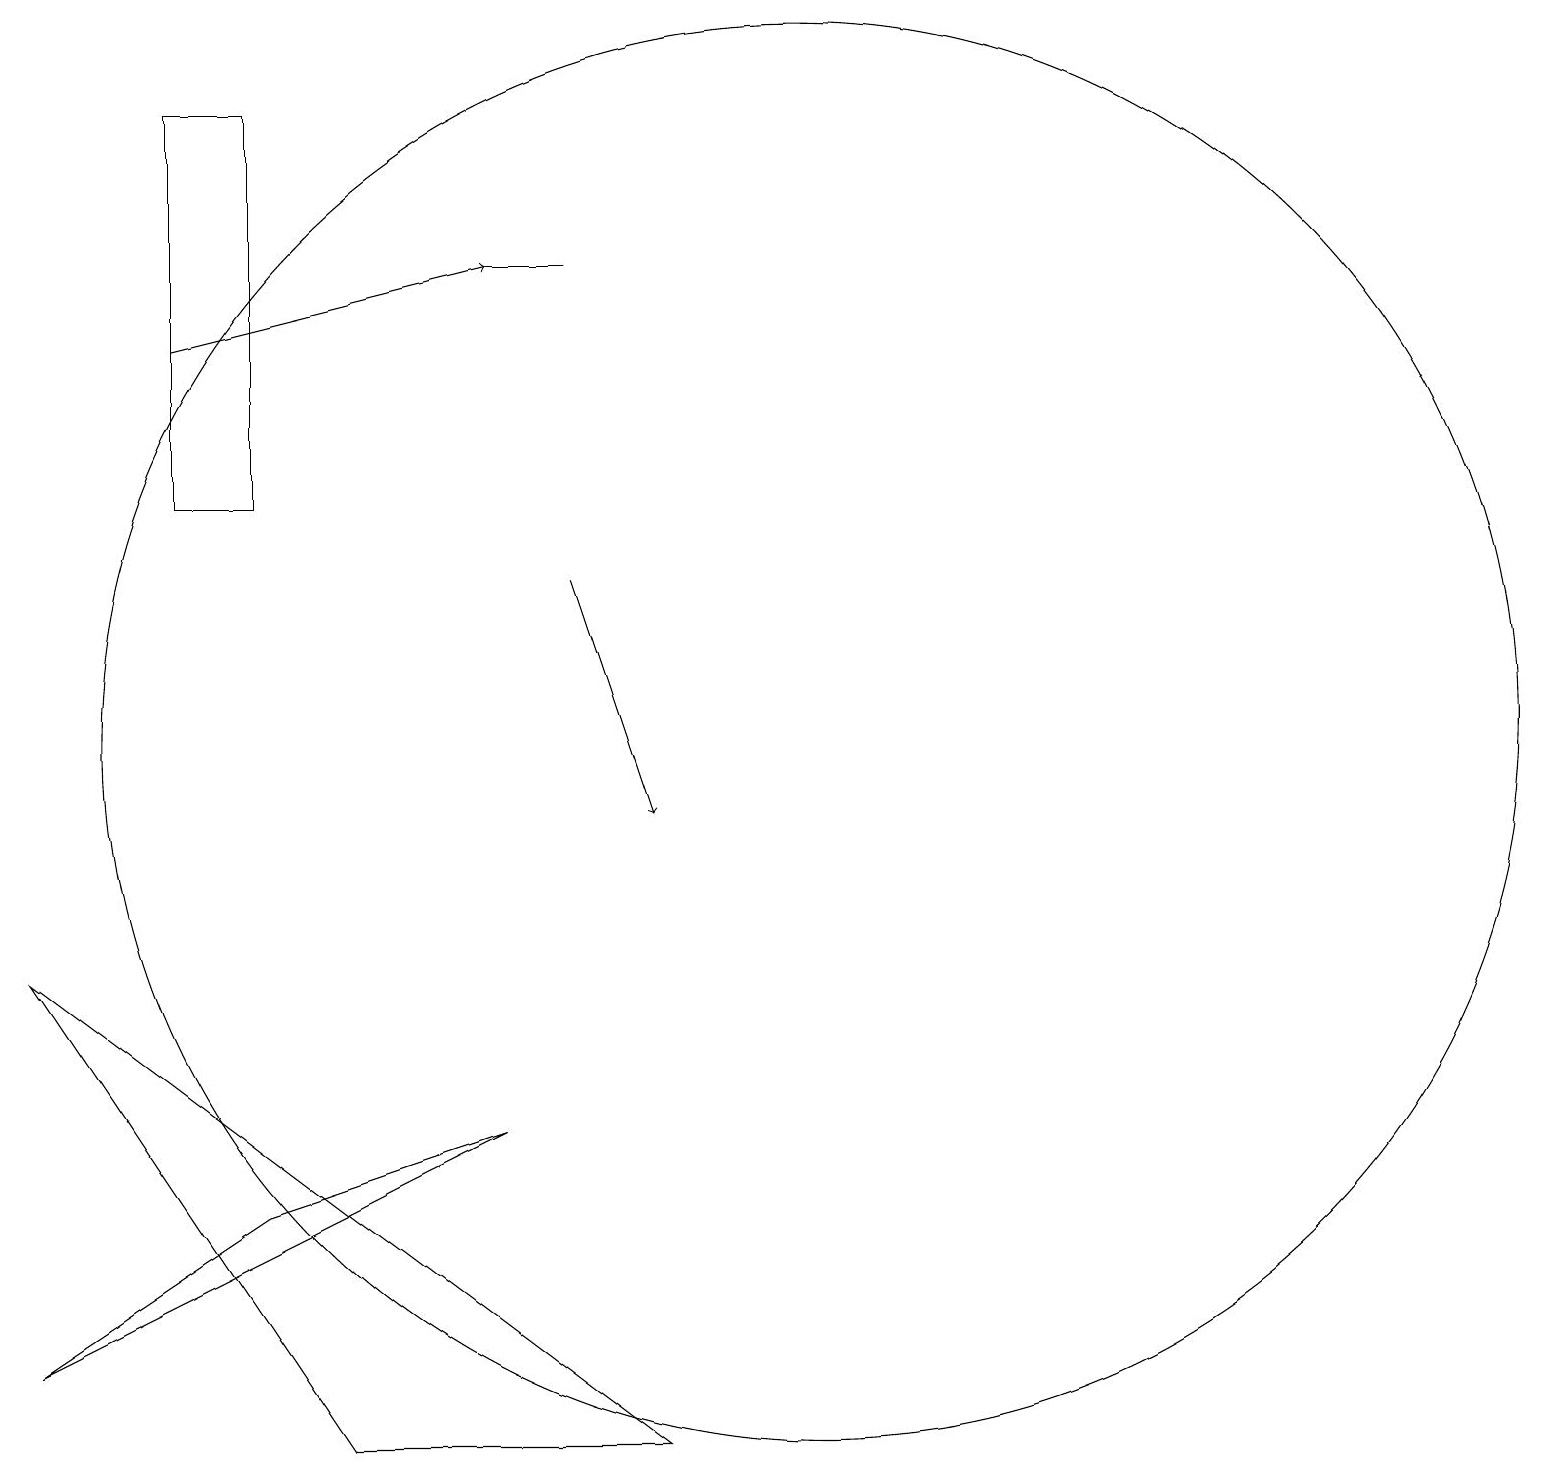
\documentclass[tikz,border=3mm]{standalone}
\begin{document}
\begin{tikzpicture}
\draw (4,2) -- (8,2) -- (0,8) -- cycle;
\draw[->] (2,16) -- (6,17);
\draw (0,3) -- (3,5) -- (6,6) -- cycle;
\draw (7,17) rectangle (6,17);
\draw[->] (7,13) -- (8,10);
\draw (10,11) circle (9);
\draw (2,14) rectangle (3,19);
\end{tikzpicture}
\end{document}